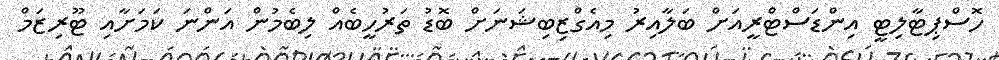
ހޮސްޕިޓާލިޓީ އިންޑަސްޓްރީއަށް ބަލާއިރު މިއެގްޒިބިޝަނަށް ބޮޑު ތަރުހީބެއް ލިބެމުން އަންނަ ކަމަށާއި ޓޫރިޒަމް